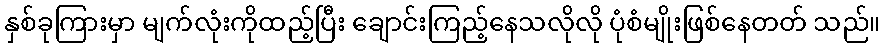
နှစ်ခုကြားမှာ မျက်လုံးကိုထည့်ပြီး ချောင်းကြည့်နေသလိုလို ပုံစံမျိုးဖြစ်နေတတ် သည်။